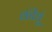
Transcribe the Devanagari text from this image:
कीधुं